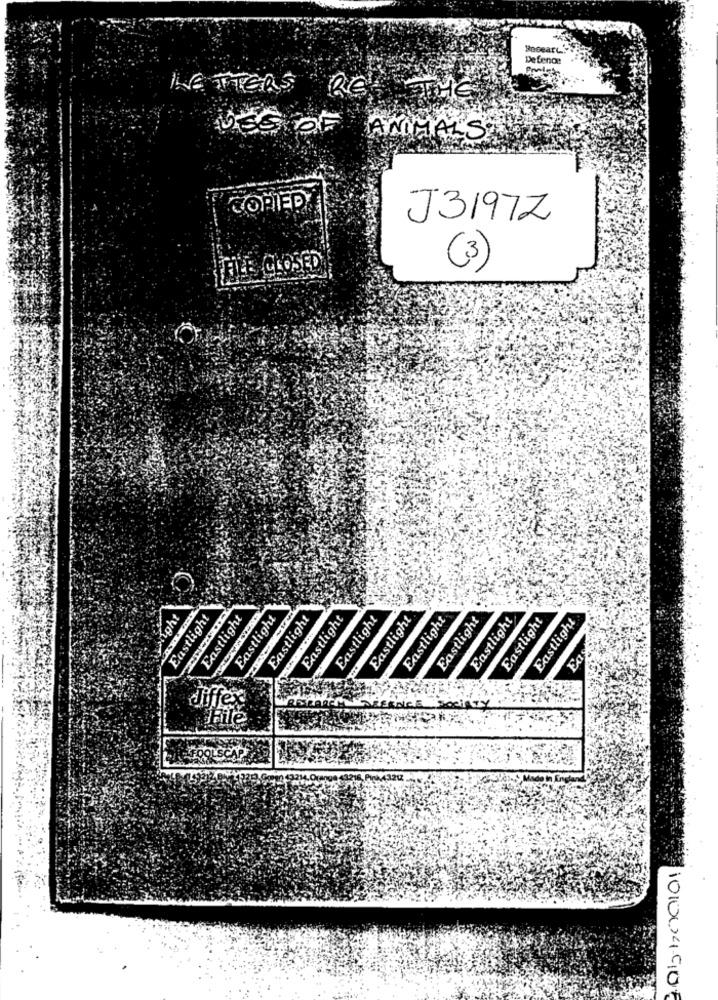
Rocear
Defence
LETTERS RE
THE
USE OF ANIMALS
COPIED
J3197Z
TEILE CLOSED
(3)
wright
Eastlight
Eastlight
Eastlight
Eastlight
Eastlight
Eastlight
Eastlight
Eastlight
Eastlight
Eastlight
Eastlight
Eastlight
Fas
differ
File
FOOLSCAP
PIA4321Z